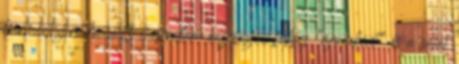
bármennyire kívülálló maradtam bizonyos fokig "újoncként" és a saját